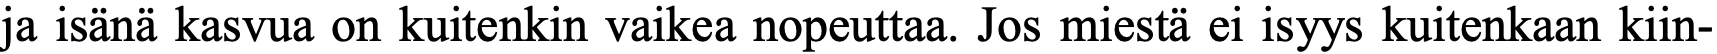
ja isänä kasvua on kuitenkin vaikea nopeuttaa. Jos miestä ei isyys kuitenkaan kiin-